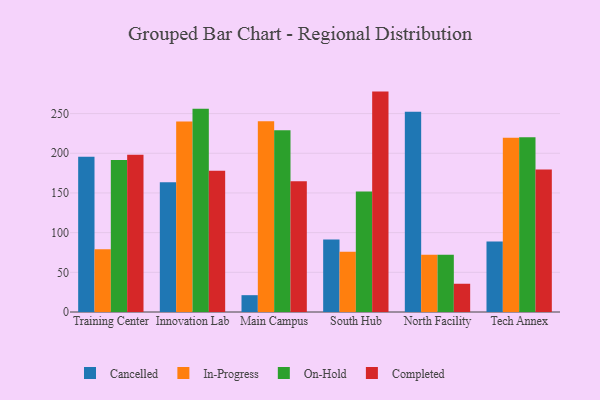
{"axis": {"x": "Campus", "y": "Churn Rate (%)"}, "legend": ["Cancelled", "Completed", "In-Progress", "On-Hold"], "data": [{"x": "Training Center", "y": 195.7, "type": "Cancelled"}, {"x": "Training Center", "y": 79.1, "type": "In-Progress"}, {"x": "Training Center", "y": 191.5, "type": "On-Hold"}, {"x": "Training Center", "y": 198.1, "type": "Completed"}, {"x": "Innovation Lab", "y": 163.5, "type": "Cancelled"}, {"x": "Innovation Lab", "y": 240.0, "type": "In-Progress"}, {"x": "Innovation Lab", "y": 256.1, "type": "On-Hold"}, {"x": "Innovation Lab", "y": 178.0, "type": "Completed"}, {"x": "Main Campus", "y": 21.2, "type": "Cancelled"}, {"x": "Main Campus", "y": 240.3, "type": "In-Progress"}, {"x": "Main Campus", "y": 229.1, "type": "On-Hold"}, {"x": "Main Campus", "y": 164.6, "type": "Completed"}, {"x": "South Hub", "y": 91.2, "type": "Cancelled"}, {"x": "South Hub", "y": 75.9, "type": "In-Progress"}, {"x": "South Hub", "y": 151.9, "type": "On-Hold"}, {"x": "South Hub", "y": 277.7, "type": "Completed"}, {"x": "North Facility", "y": 252.3, "type": "Cancelled"}, {"x": "North Facility", "y": 72.0, "type": "In-Progress"}, {"x": "North Facility", "y": 72.2, "type": "On-Hold"}, {"x": "North Facility", "y": 35.6, "type": "Completed"}, {"x": "Tech Annex", "y": 88.9, "type": "Cancelled"}, {"x": "Tech Annex", "y": 219.7, "type": "In-Progress"}, {"x": "Tech Annex", "y": 220.2, "type": "On-Hold"}, {"x": "Tech Annex", "y": 179.5, "type": "Completed"}]}